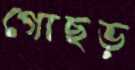
গোছড়